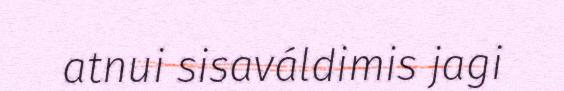
atnui sisaváldimis jagi